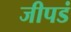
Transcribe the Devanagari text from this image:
जीपडं